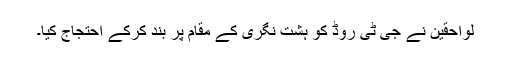
لواحقین نے جی ٹی روڈ کو ہشت نگری کے مقام پر بند کرکے احتجاج کیا۔